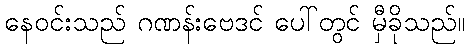
နေဝင်းသည် ဂဏန်းဗေဒင် ပေါ်တွင် မှီခိုသည်။